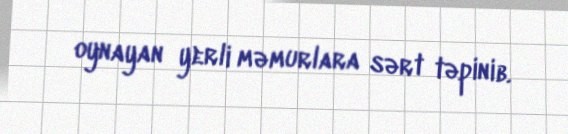
oynayan yerli məmurlara sərt təpinib.